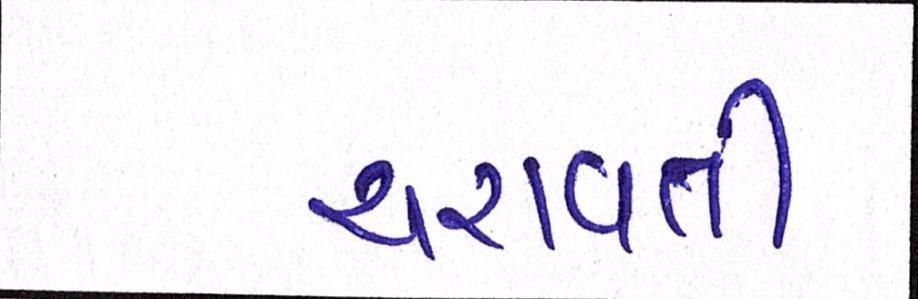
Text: ચરાવતી